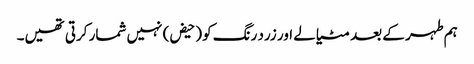
ہم طہر کے بعد مٹیالے اور زرد رنگ کو (حیض) نہیں شمار کرتی تھیں۔